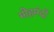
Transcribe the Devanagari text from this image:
मोहमंदों